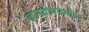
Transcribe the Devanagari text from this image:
ज्ञानदीपमधील